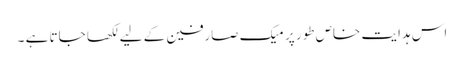
اس ہدایت خاص طور پر میک صارفین کے لیے لکھا جاتا ہے ۔